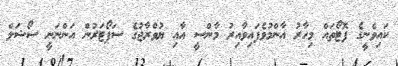
ކައިވެނީގެ ފޮޓޯތައް މިހާރު އާންމުވެފައިވާއިރު މާންސީ އާއި ޔުވްރާޖުގެ ސަޕޯޓަރުން އަންނަނީ ސޯޝަލް